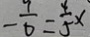
- \frac { 9 } { 6 } = \frac { 4 } { 5 } x